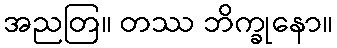
အညတြ။ တဿ ဘိက္ခုနော။